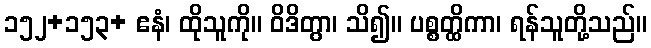
၁၅၂+၁၅၃+ ဧနံ၊ ထိုသူကို။ ဝိဒိတွာ၊ သိ၍။ ပစ္စတ္ထိကာ၊ ရန်သူတို့သည်။